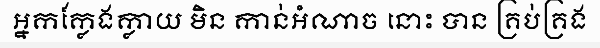
អ្នកក្លែងក្លាយ មិន កាន់អំណាច នោះ បាន គ្រប់គ្រង